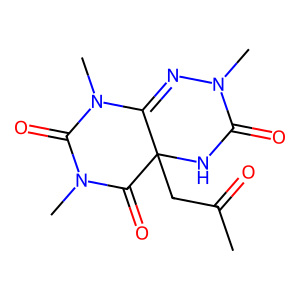
SMILES: CC(=O)CC12NC(=O)N(C)N=C1N(C)C(=O)N(C)C2=O
Inhibits HIV replication: No